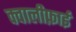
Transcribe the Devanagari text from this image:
क्वालीफ़ाई